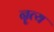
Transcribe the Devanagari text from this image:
नॄत्य